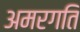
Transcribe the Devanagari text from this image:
अमरगति